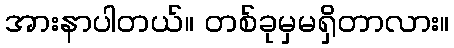
အားနာပါတယ်။ တစ်ခုမှမရှိတာလား။